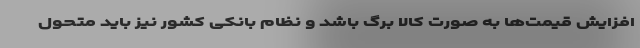
افزایش قیمت‌ها به صورت کالا برگ باشد و نظام بانکی کشور نیز باید متحول